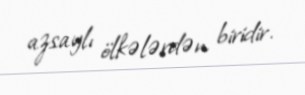
azsaylı ölkələrdən biridir.